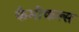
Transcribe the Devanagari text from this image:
कैमीकल्स